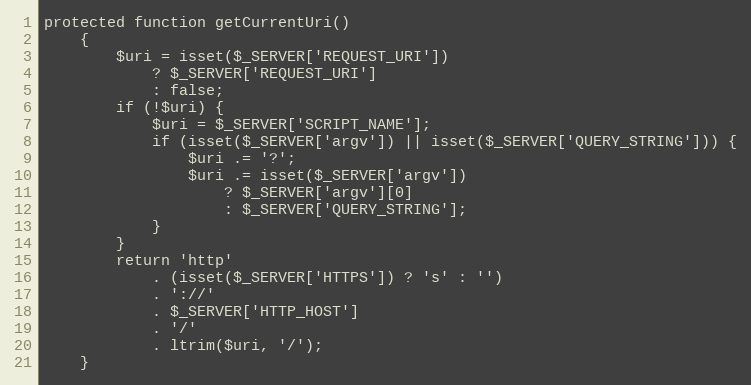
Language: PHP
protected function getCurrentUri()
    {
        $uri = isset($_SERVER['REQUEST_URI'])
            ? $_SERVER['REQUEST_URI']
            : false;
        if (!$uri) {
            $uri = $_SERVER['SCRIPT_NAME'];
            if (isset($_SERVER['argv']) || isset($_SERVER['QUERY_STRING'])) {
                $uri .= '?';
                $uri .= isset($_SERVER['argv'])
                    ? $_SERVER['argv'][0]
                    : $_SERVER['QUERY_STRING'];
            }
        }
        return 'http'
            . (isset($_SERVER['HTTPS']) ? 's' : '')
            . '://'
            . $_SERVER['HTTP_HOST']
            . '/'
            . ltrim($uri, '/');
    }